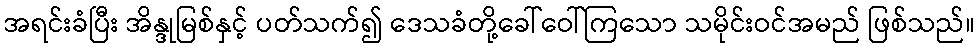
အရင်းခံပြီး အိန္ဒုမြစ်နှင့် ပတ်သက်၍ ဒေသခံတို့ခေါ်ဝေါ်ကြသော သမိုင်းဝင်အမည် ဖြစ်သည်။